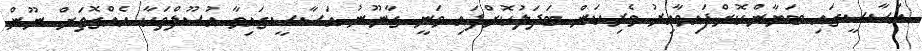
އަސާސީގައި ބަޔާންކޮށްފައިވާއިރު ވެރިކަން ބަދަލުކޮށްފައި ވަނީ ގާނޫނު އަސާސީގައިވާ އުސޫލްތަކާ އެއްގޮތަށް ނޫން